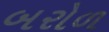
બરોળ